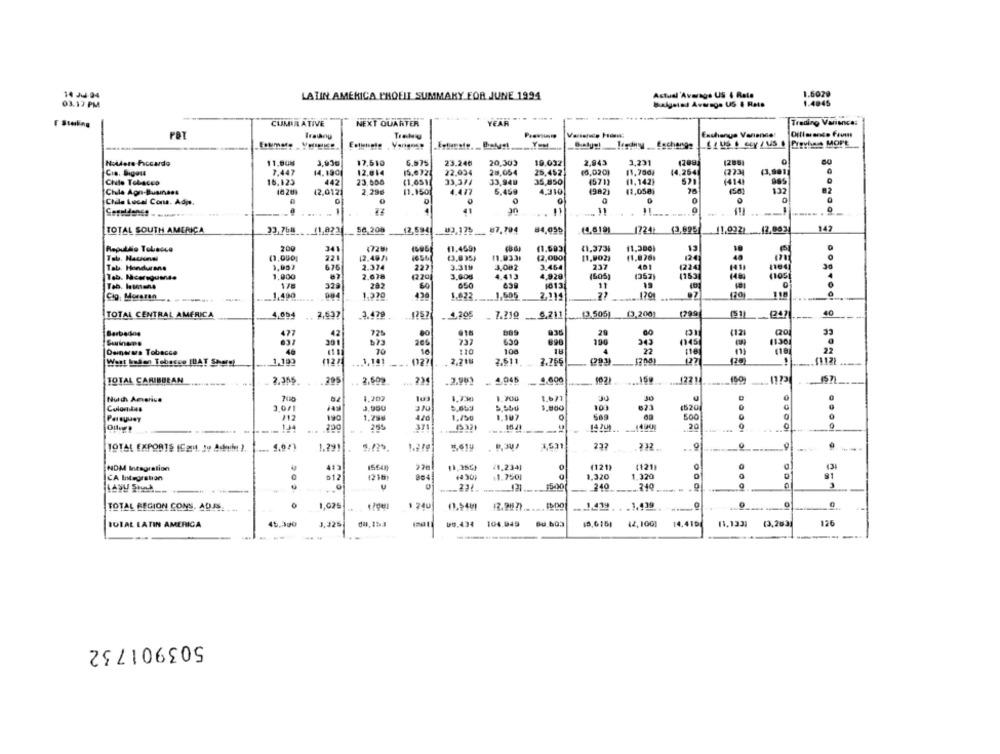
14 JJ-94
LATIN AMERICA PROELL SUMMARY FOR JUNE 1994
Actual 'Average US 4 Rate
1.5029
03:13 PM
Bulgelad Average US $ Rate
1.4945
YEAR
E Stelling
CUMULATIVE
NEXT QUARTER
Treding Variance:
Exchange Variance
Holdere Fccardo
11.808
3,930
17,510
6.875
23,240
20,303
19.092
2,843
3,231
1286
0
7.447
14.1901
12.014
22.034
28.054
25.452
(6,020)
11,700,
14.254
Chule Tobacco
16.123
442
23.500
(1,051
33.314
33,940
35,850
4571)
(1.142)
521
(414)
26
132
#2
Chla Agn-Business
12,012
2.29₺
11.150
4.477
6,459
4.310
(982)
(1,058)
Chile Lucal Cons. Adp.
0
0
0
1
41
30
11
---
142
TOTAL SOUTH AMERICA
23,76m
11.9224
54.208
12,594
09,179 ___ 87.194
84,05₺
(4,5191
1724) (3,695
11.992) 12,003
Repuldio Tobacco
200
341
41.459)
(1,603
(1,373%
11.300)
13
Tab. Nacional
22
[2.49/
(3,835,
42,000
[1,902)
(1,876%
124
48
481
1224
Tab. Hondurane
1,007
2.374
227
3.318
3.082
3.464
237
30
Tab. Mcereguense
1.900
87
2.678
3.608
4.413
4,928
(605)
(352)
1153
17
329
60
1013
11
19
.1.490
1.370
428
1.622
1,505
1701
118
Cig. Morsran
004
2.114
TOTAL CENTRAL AMERICA
4,054
2,537
.3.479
.1,305
7.219 _.
6,211
(3.505) (3,200)
1799
40
830
29
32
Barbados
477
42
725
80
(12)
Suriname
637
205
737
690
190
1130
Deinerara Tobacco
40
70
10
110
100
4
22
Went Inden Tebarco [BAT Sherg)
.1,199
(122
.. 3,191
2.218
2.611.
(112)
TOTAL CARIBBEAN
2.355
.295
2.509
1.600
159
.12214.
1.702
1.73g
1.700
1,671
30
Colorlas
2.0/1
3.950
3,800
109
623
(520
Paraguay
1,286
1.150
1.107
500
200
255
371
1490
20
. 9
0
1.200
1,531
232
232
TOTAL EXPORTS (Com, Jo Adain )
1.291
1,619
0
NDM Integration
413
15648
/1,234)
(121)
(121)
13
D12
1.2501
1,320
1.320
CA Integration
1210
804
+430
91
$500
240
240.
TOTAL REGION CONS. ADJE
1,025
240
. 1.419
. . 1,939
12.98 7) ... ....
IDIAL LATIN AMERICA
45.300
J.325
da, 15.A
DU.434
104.945
Bu.603
42,1001
14.415
11.133]
(3,2631
126
503901732